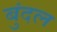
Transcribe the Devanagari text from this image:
बुंदल